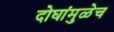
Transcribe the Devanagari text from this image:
दोघांमुळेच